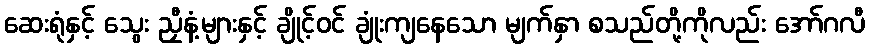
ဆေးရုံနှင့် သွေး ညှီနံ့များနှင့် ချိုင့်ဝင် ချုံးကျနေသော မျက်နှာ စသည်တို့ကိုလည်း အော်ဂလီ